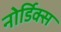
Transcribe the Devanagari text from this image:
नोर्डिक्स